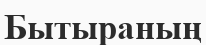
Бытыраның